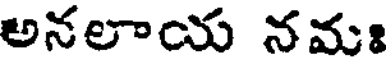
అనలాయ నమః